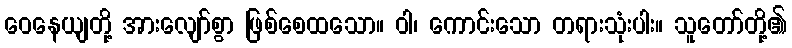
ဝေနေယျတို့ အားလျော်စွာ ဖြစ်စေထသော။ ဝါ၊ ကောင်းသော တရားသုံးပါး။ သူတော်တို့၏